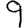
Digit: 9